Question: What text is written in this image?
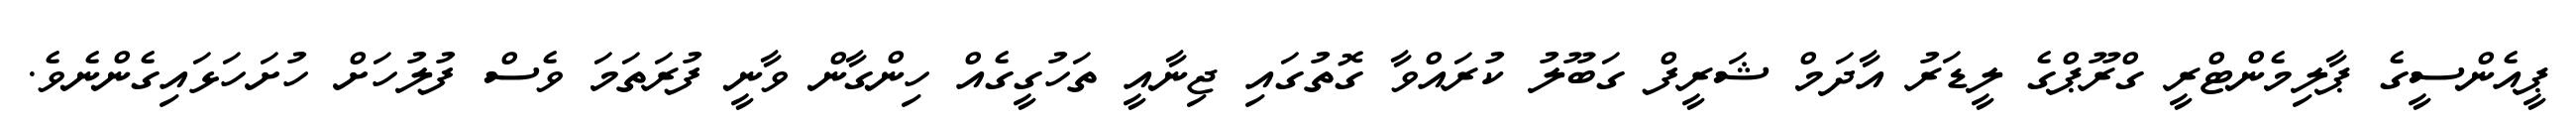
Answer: ޕީއެންސީގެ ޕާލިމެންޓްރީ ގްރޫޕްގެ ލީޑަރު އާދަމް ޝަރީފް ގަބޫލު ކުރައްވާ ގޮތުގައި ޖިނާއީ ތަހުގީގެއް ހިންގާން ވާނީ ފުރަތަމަ ވެސް ފުލުހަށް ހުށަހަޅައިގެންނެވެ.